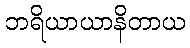
ဘရိယာယာနိတာယ